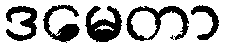
ဒမေတာ